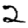
Digit: 2